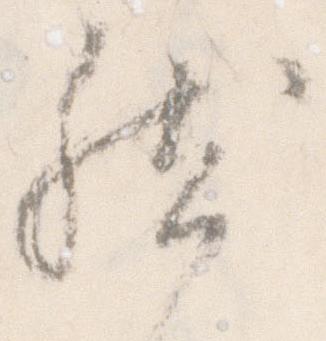
然